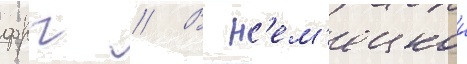
фрг // В н'ем'ецкои